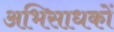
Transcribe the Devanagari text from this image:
अभिसाधकों